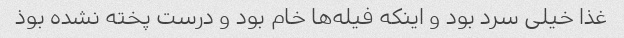
غذا خیلی سرد بود و اینکه فیله‌ها خام بود و درست پخته نشده بوذ